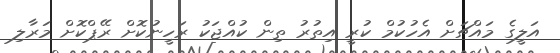
އަލީގެ މައްޗަށް އެހުކުމް ކުރީ އިތުރު ތިން ކުއްޖަކު ރަހީނުކޮށް ރޭޕްކޮށް މަރާލި